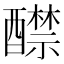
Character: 𨣤